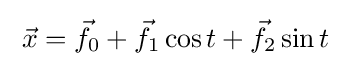
\;{\vec {x}}={\vec {f}}_{0}+{\vec {f}}_{1}\cos t+{\vec {f}}_{2}\sin t\;